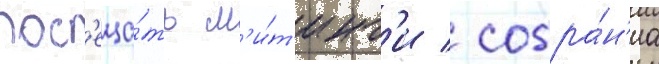
пос'еща́ть м'и́т'инг'и / собра́н'иа